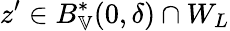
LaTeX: z^{\prime}\in B_{\mathbb{V}}^{*}(0,\delta)\cap W_{L}